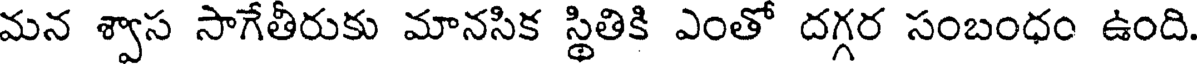
మన శ్వాస సాగేతీరుకు మానసిక స్థితికి ఎంతో దగ్గర సంబంధం ఉంది